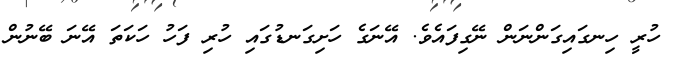
ހުރީ ހިނގައިގަންނަން ނޭގިފައެވެ. އޭނަގެ ހަށިގަނޑުގައި ހުރި ފަހު ހަކަތަ އޭނަ ބޭނުން